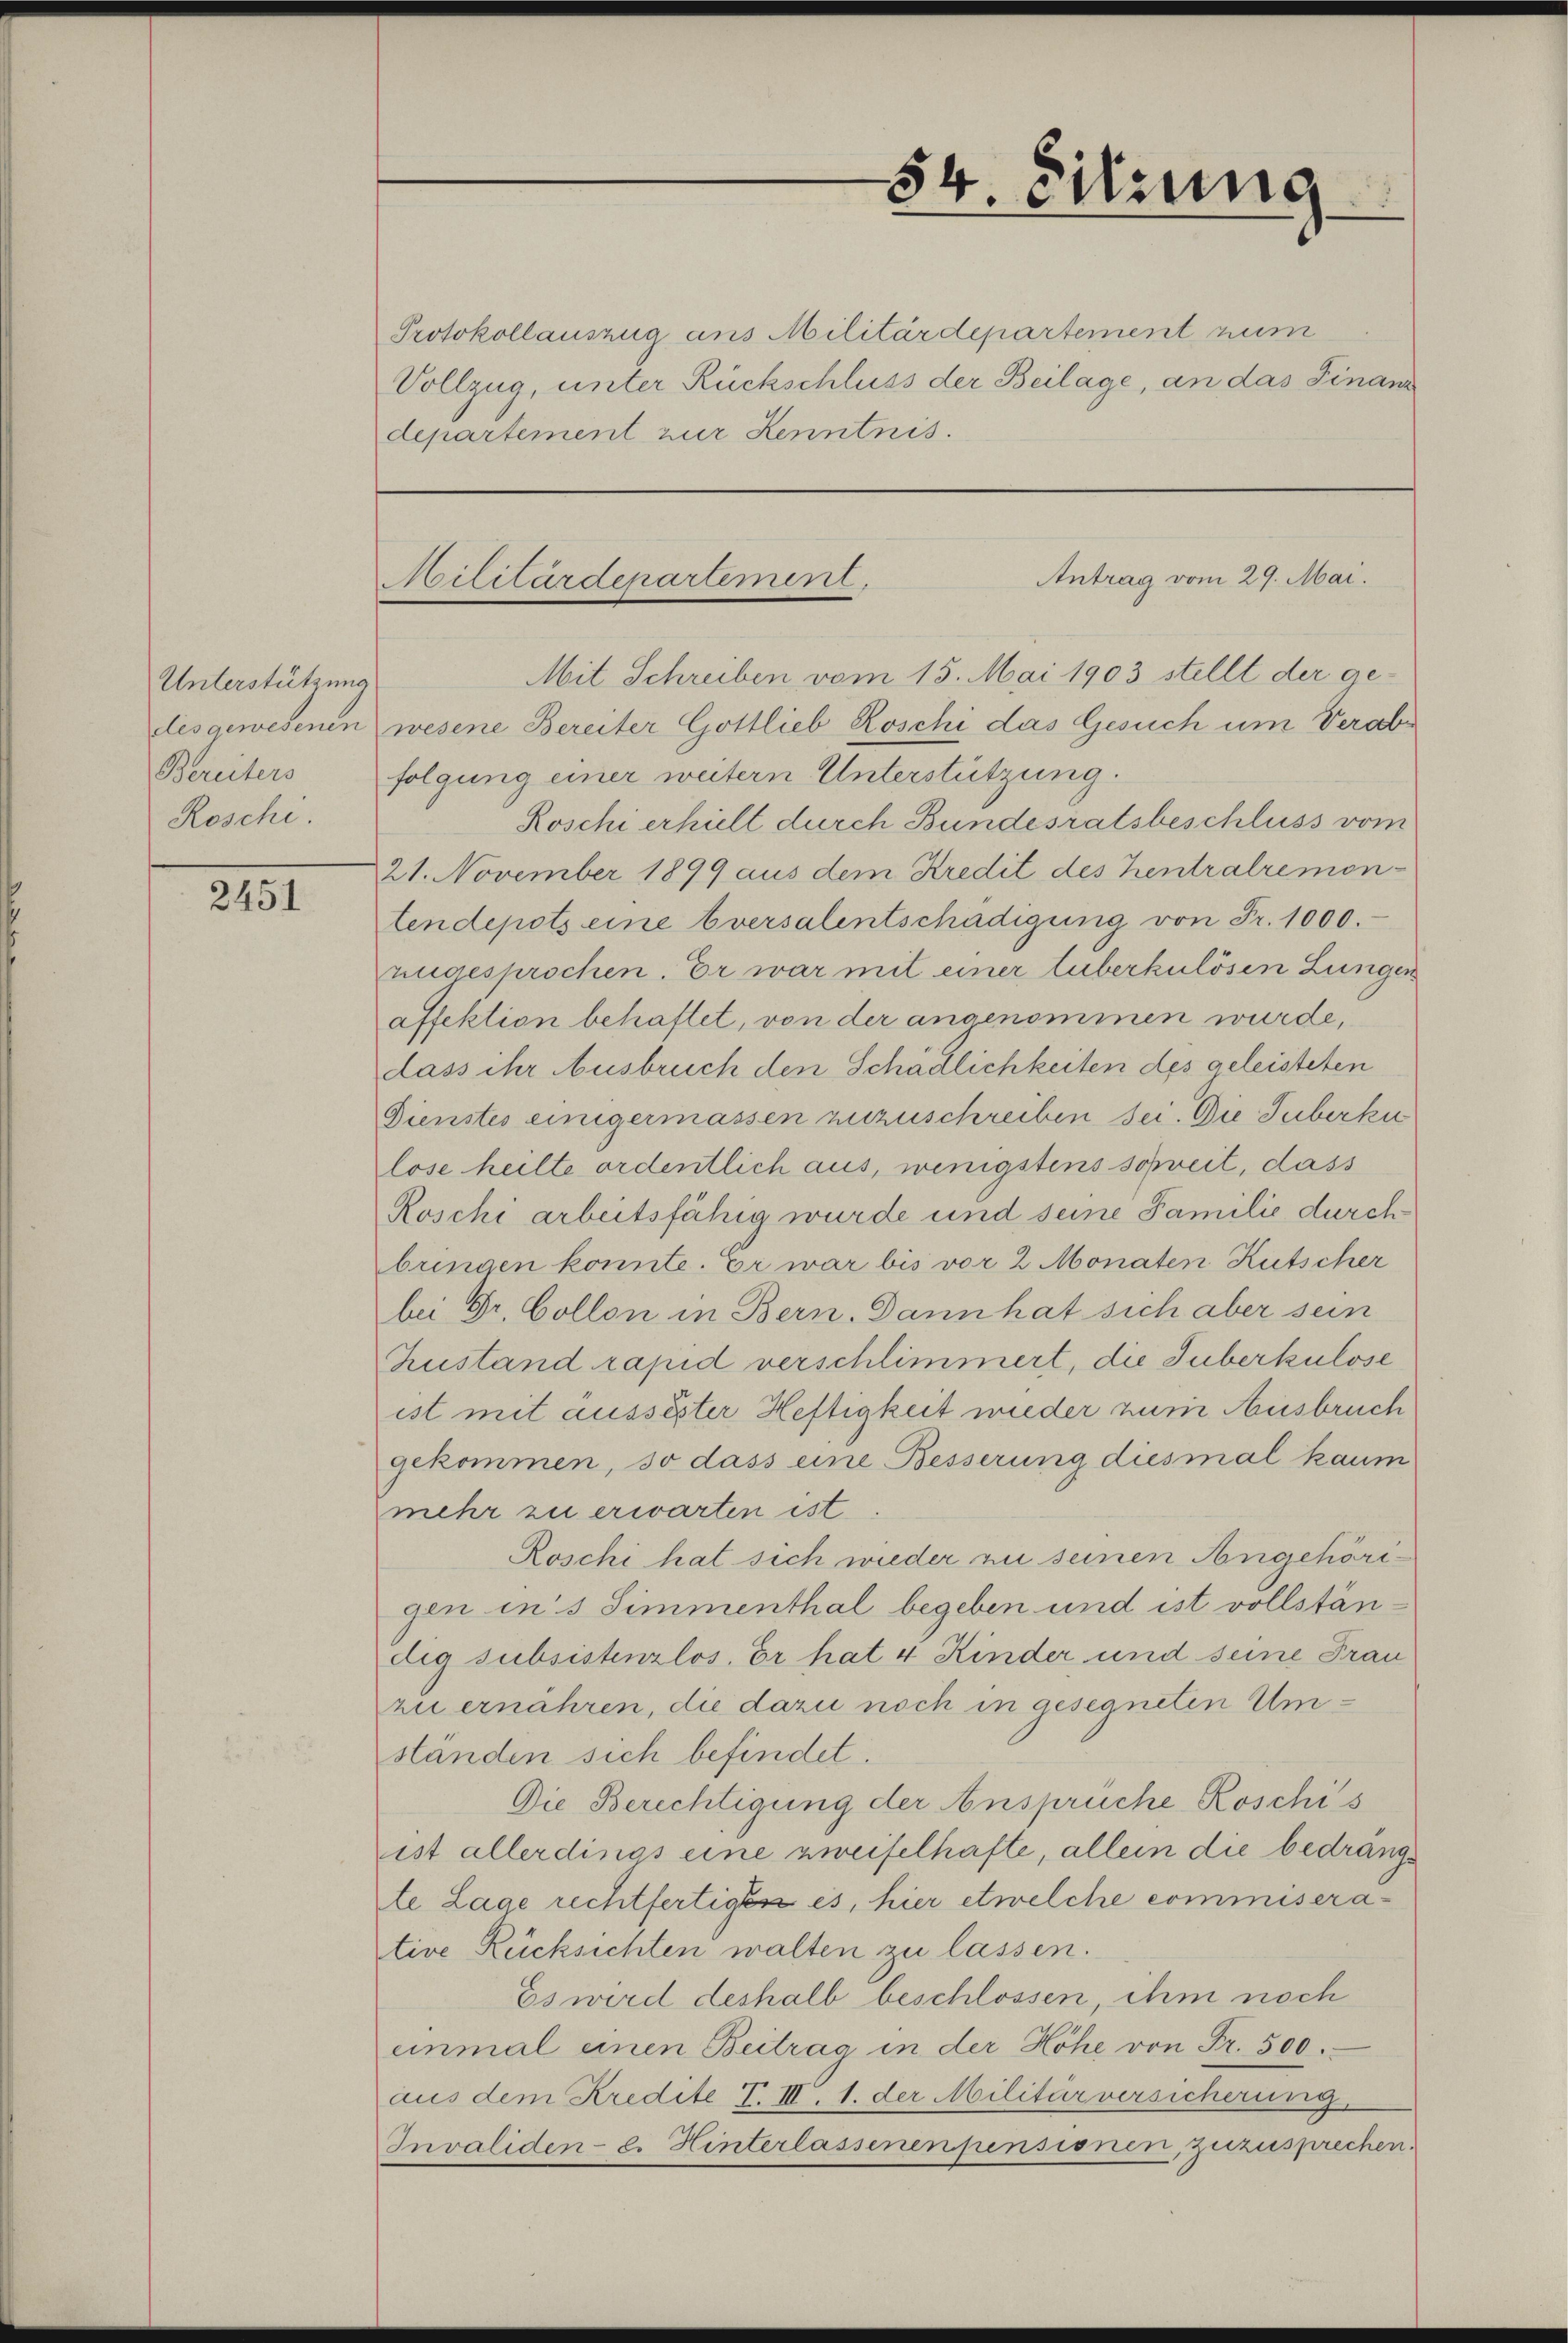
Unterstützung
dis gewesenen
Bereiters
Roschi.

2451

Protokollauszug aus Militärdepartement zum
Vollzug, unter Rückschluss der Beilage, an das Finanz
departement zur Kenntnis.

54. Sitzung

Antrag vom 29. Mai.
Militärdepartement.

Mit Schreiben vom 15. Mai 1903 stellt der ge-
wesene Bereiter Gottlieb Roschi das Gesuch um Verabr
folgung einer weitern Unterstützung.
Roschi erhielt durch Bundesratsbeschluss vom
21. November 1899 aus dem Kredit des hentralremontendepots eine Eversalentschädigung von Fr. 1000.-
nngesprochen. Er war mit einer tuberkulösen Lungen
affektion behaftet, von der angenommen wurde,
dass ihr Ausbruch den Schädlichkeiten des geleisteten
Dienstes einigermassen zuzuschreiben sei. Die Suberke
lose heilte ordentlich aus, wenigstens soweit, dass
Roschi arbeitsfähig wurde und seine Familie durch
bringen konnte. Er war bis vor 2 Monaten Kutscher
bei Dr. Collon in Bern. Dann hat sich aber sein
Zustand rapid verschlimmert, die Suberkulose
ist mit aussester Heftigkeit wieder zum Ausbruch
gekommen, so dass eine Besserung diesmal kaum
mehr zu erwarten ist.
Roschi hat sich wieder zu seinen Angehörigen in’s Simmenthal begeben und ist vollständig subsistenzlos. Er hat 4 Kinder und seine Frau
zu ernähren, die dazu noch in gesegneten Umstanden sich befindet.
Die Berichtigung der Ansprüche Roschis
ist allerdings eine zweifelhafte, allein die bedrängte Lage rechtfertigt es, hier etwelche commiserative Rücksichten walten zu lassen.
Es wird deshalb beschlossen, ihm noch
einmal einen Beitrag in der Höhe von Fr. 500.
aus dem Kredite F. III. 1. der Militärversicherung
Invaliden- e. Hinterlassenen pensionen, zuzusprechen.